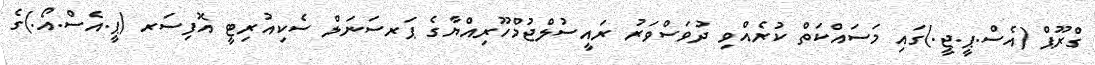
ގްރޫޕް (އެސް.ޕީ.ޖީ.)ގައި މަސައްކަތް ކުރެއްވި ދުވަސްވަރު ރައީސުލްޖުމްހޫރިއްޔާގެ ޕަރސަނަލް ސެކިއުރިޓީ އޮފިސަރ (ޕީ.އެސް.އޯ.)ގެ